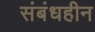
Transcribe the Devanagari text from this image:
संबंधहीन